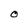
Character: O